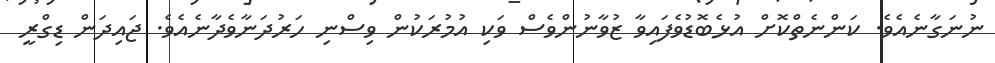
ނުނަގާނެއެވެ. ކަންނެތްކޮށް އުޅެބޮޑުވެފައިވާ ޒުވާނުންވެސް ވަކި އުމުރަކުން ވިސްނި ހަރުދަނާވެދާނެއެވެ. ޖައިދަން ޑިގްރީ